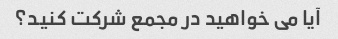
آیا می خواهید در مجمع شرکت کنید؟